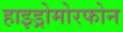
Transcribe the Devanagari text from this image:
हाइड्रोमोरफोन